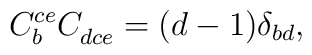
C_b^{ce}C_{dce}^{\ }=(d-1)\delta _{bd},